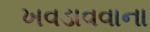
ખવડાવવાના